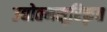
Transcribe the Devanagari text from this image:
उद्योतनसूरिकृत